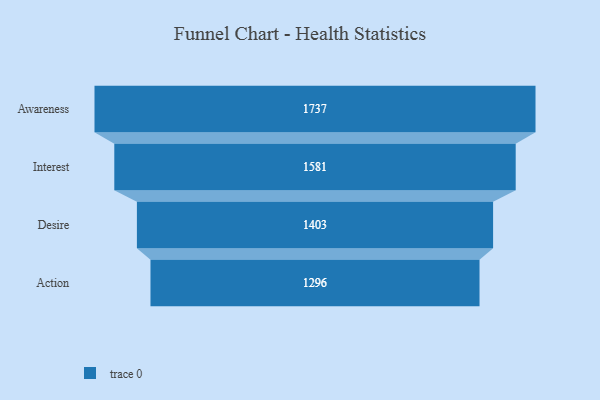
{"axis": {"x": "Stage", "y": "Value"}, "legend": [""], "data": [{"x": "Awareness", "y": 1737.0, "type": ""}, {"x": "Interest", "y": 1581.0, "type": ""}, {"x": "Desire", "y": 1403.0, "type": ""}, {"x": "Action", "y": 1296.0, "type": ""}]}